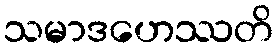
သမာဒဟေဿတိ